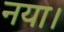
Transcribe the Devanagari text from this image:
नया।